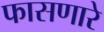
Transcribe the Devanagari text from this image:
फासणारे